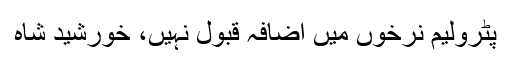
پٹرولیم نرخوں میں اضافہ قبول نہیں، خورشید شاہ